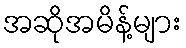
အဆိုအမိန့်များ